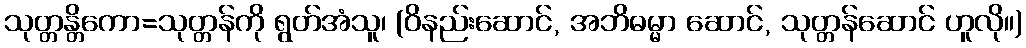
သုတ္တန္တိကော=သုတ္တန်ကို ရွတ်အံသူ၊ (ဝိနည်းဆောင်, အဘိဓမ္မာ ဆောင်, သုတ္တန်ဆောင် ဟူလို။)